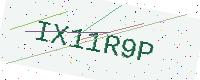
Text: IX11R9P